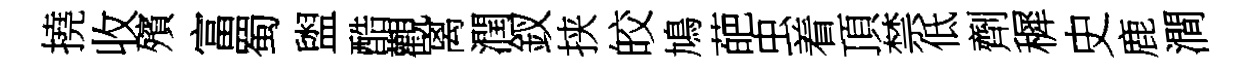
撓收殯富蜀盥酷觀离潤釵挟皎鳩葩虫着頂禁低劑穉史鹿澗